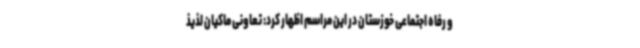
و رفاه اجتماعی خوزستان در این مراسم اظهار کرد: تعاونی ماکیان لذیذ